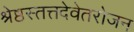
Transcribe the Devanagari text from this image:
श्रेष्ठस्तत्तदेवेतरोजन